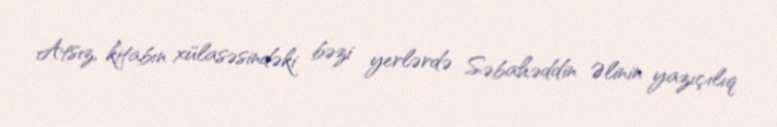
Atsız, kitabın xülasəsindəki bəzi yerlərdə Səbahəddin Əlinin yazıçılıq